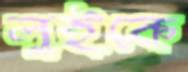
লুইকে